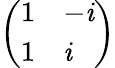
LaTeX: \left(\begin{array}{ll}{1}&{-\mathit{i}}\\ {1}&{\mathit{i}}\end{array}\right)